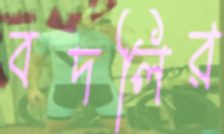
বদলির